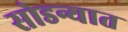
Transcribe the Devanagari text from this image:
सोडन्यात